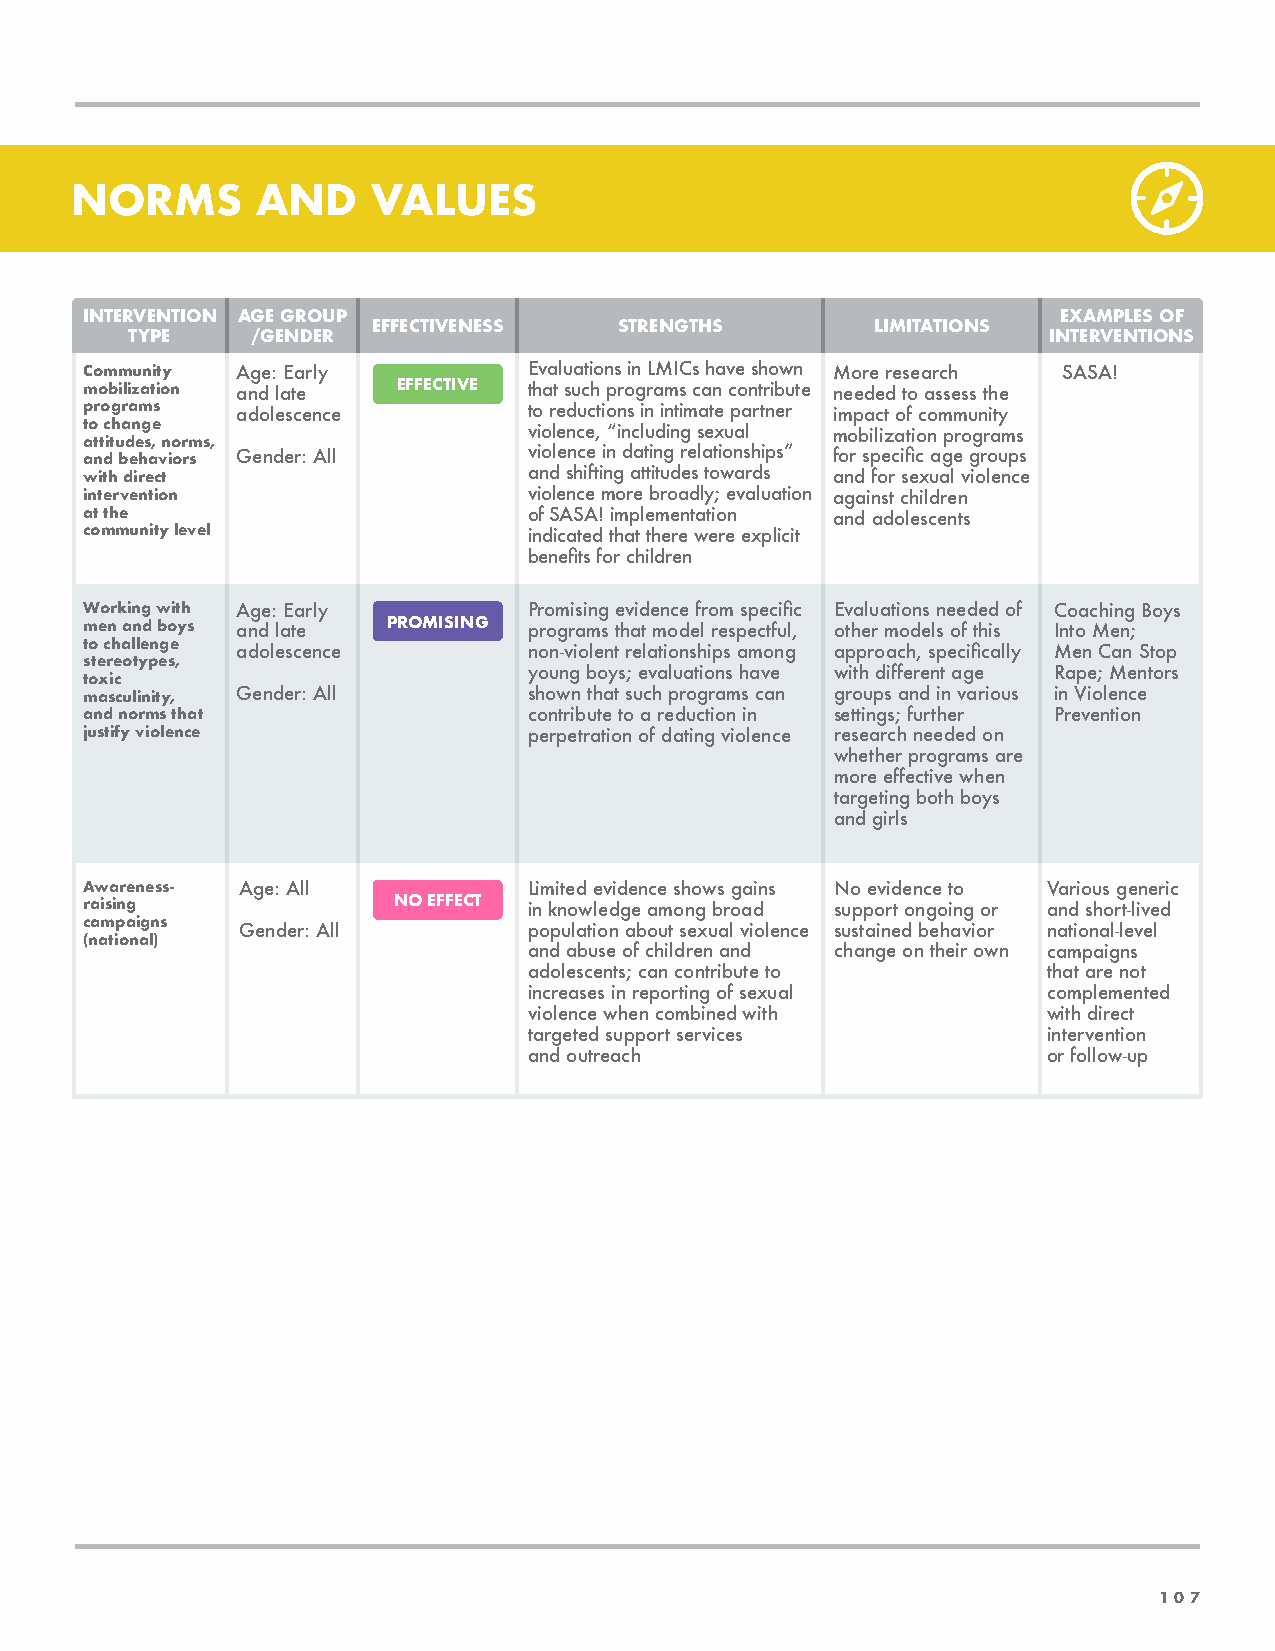
NORMS       AND     VALUES
 INTERVENTION AGE GROUP                                           EXAMPLES OF
 EFFECTIVENESS   STRENGTHS        LIMITATIONS
 TYPE    /GENDER                                             INTERVENTIONS
 Community Age: Early         Evaluations in LMICs have shown More research SASA!
 mobilization and late EFFECTIVE that such programs can contribute needed to assess the
 programs  adolescence        to reductions in intimate partner impact of community
 to change                    violence, “including sexual mobilization programs
 attitudes, norms,
 and behaviors Gender: All    violence in dating relationships” for specific age groups
 with direct                  and shifting attitudes towards and for sexual violence
 intervention                 violence more broadly; evaluation against children
 at the                       of SASA! implementation and adolescents
 community level              indicated that there were explicit
 benefits for children
 Working with Age: Early      Promising evidence from specific Evaluations needed of Coaching Boys
 men and boys and late PROMISING programs that model respectful, other models of this Into Men;
 to challenge adolescence     non-violent relationships among approach, specifically Men Can Stop
 stereotypes,
 young boys; evaluations have with different age Rape; Mentors
 toxic
 masculinity, Gender: All     shown that such programs can groups and in various in Violence
 and norms that               contribute to a reduction in settings; further Prevention
 justify violence             perpetration of dating violence research needed on
 whether programs are
 more effective when
 targeting both boys
 and girls
 Awareness- Age: All          Limited evidence shows gains No evidence to Various generic
 raising             NO EFFECT in knowledge among broad support ongoing or and short-lived
 campaigns Gender: All        population about sexual violence sustained behavior national-level
 (national)
 and abuse of children and change on their own campaigns
 adolescents; can contribute to    that are not
 increases in reporting of sexual  complemented
 violence when combined with       with direct
 targeted support services         intervention
 and outreach                      or follow-up
 107